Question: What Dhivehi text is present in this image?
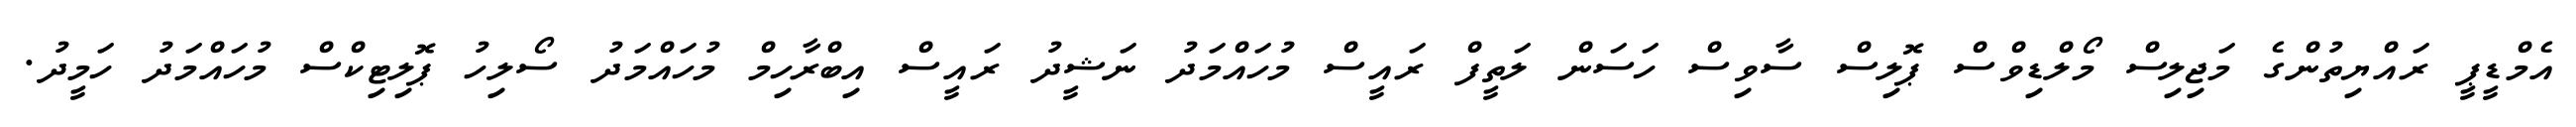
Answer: އެމްޑީޕީ ރައްޔިތުންގެ މަޖިލިސް މޯލްޑިވްސް ޕޮލިސް ސާވިސް ހަސަން ލަތީފް ރައީސް މުހައްމަދު ނަޝީދު ރައީސް އިބްރާހިމް މުހައްމަދު ސޯލިހު ޕޮލިޓިކްސް މުހައްމަދު ހަމީދު.